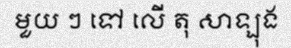
មួយ ៗ ទៅ លើ តុ សាឡុង